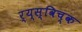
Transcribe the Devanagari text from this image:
र्य्स्विच्क